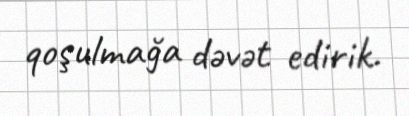
qoşulmağa dəvət edirik.